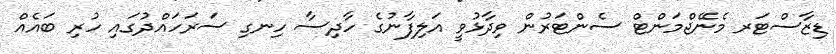
ޑިޒާސްޓަރ މެނޭޖްމަންޓް ސެންޓަރުން ވިދާޅުވީ އަލިފާނުގެ ހާދިސާ ހިނގި ސަރަހައްދުގައި ހުރި ބައެއް